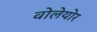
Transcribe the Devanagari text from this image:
वोलेयोर